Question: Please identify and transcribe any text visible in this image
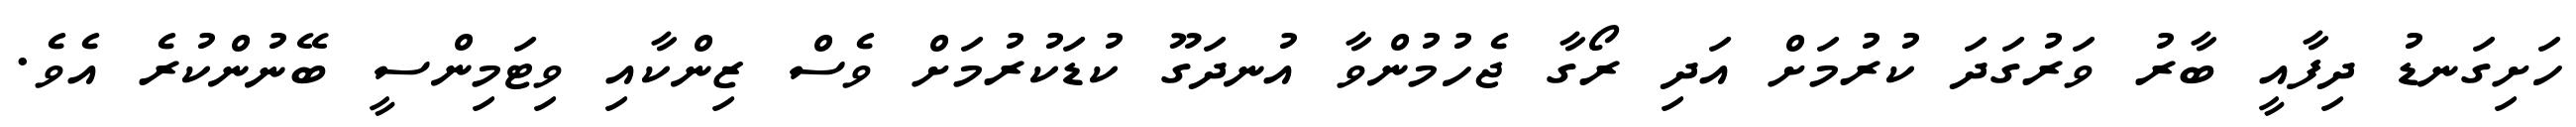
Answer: ހަށިގަނޑު ދިފާއީ ބާރު ވަރުގަދަ ކުރުމަށް އަދި ރޯގާ ޖެހުމުންވާ އުނދަގޫ ކުޑަކުރުމަށް ވެސް ޒިންކާއި ވިޓަމިންސީ ބޭނުންކުރެ އެވެ.